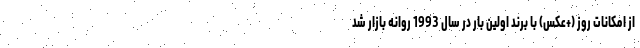
از امکانات روز (+عکس) با برند اولین بار در سال 1993 روانه بازار شد